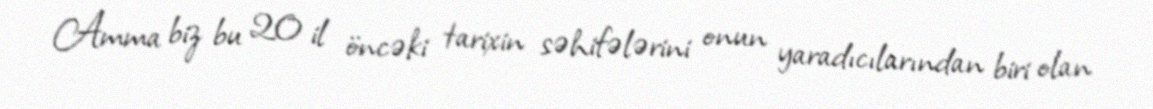
Amma biz bu 20 il öncəki tarixin səhifələrini onun yaradıcılarından biri olan